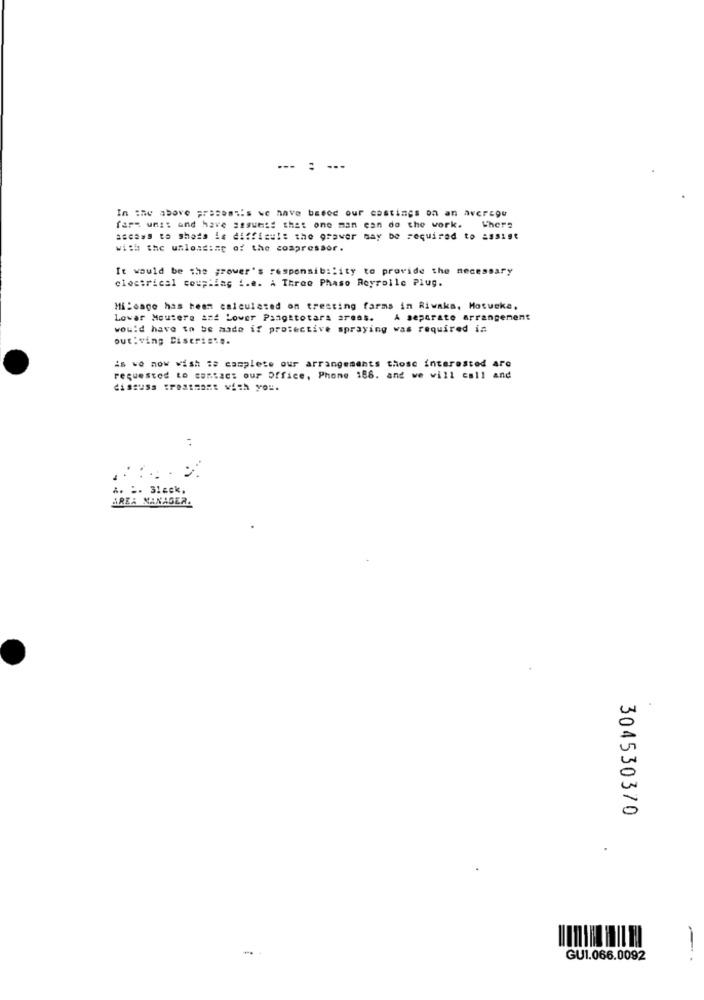
In the above present:s we have based our castings on an averegu
fars unis and have assumed that one man can do the work.
Where
access to shots is difficul: the graver may be required to #85191
with the unloading of the compressor.
It would be the ;rower's responsibility to provide the necessary
electrical coupling i.e. A Three Phase Royrolle Plug.
Mileage has heem calculated on tresting farms in Riwaka, Motveke,
Lowar Moutere and Lower Pangttotara areas.
A separate arrangement
would have to be made if protective spraying was required in
out:ving Diserist ..
is we now wish :s complete our arrangements those interested Are
requested to contact our Office, Phone 188. and we will call and
disauSs :Postmant with YOU.
. 1
AREA MANAGER.
304530370
-
GU1.066.0092
1.